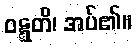
ဝဋ္ဋတိ၊ အပ်၏။